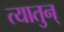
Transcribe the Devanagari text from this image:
त्यातुन्